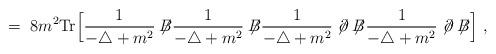
LaTeX: \begin{align*}= \; 8m^2 \mbox{Tr} \Big[\frac{1}{-\triangle + m^2} \not{\!\!B}\frac{1}{-\triangle + m^2} \not{\!\!B}\frac{1}{-\triangle + m^2} \not{\!\partial} \not{\!\!B}\frac{1}{-\triangle + m^2} \not{\!\partial} \not{\!\!B}\Big] \; ,\end{align*}